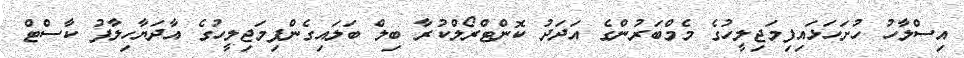
އިސްލާހު ހުށަހަޅައިފިމަޖިލީހުގެ މެމްބަރުންގެ އަދަދު ކޮންޓްރޯލްކުރާ ބިލް ބަލައިގެންފިމަޖިލީހުގެ އާދަޔާހިލާފު ކާސްޓް